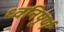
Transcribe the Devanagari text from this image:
ध्वनिपूर्ण